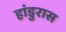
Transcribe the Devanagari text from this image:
हांडुरास